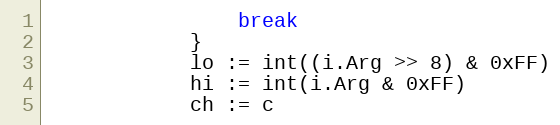
Language: Go
				break
			}
			lo := int((i.Arg >> 8) & 0xFF)
			hi := int(i.Arg & 0xFF)
			ch := c